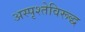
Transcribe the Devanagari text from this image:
अस्पृश्तेविरूद्ध